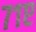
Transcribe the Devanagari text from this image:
७१ए